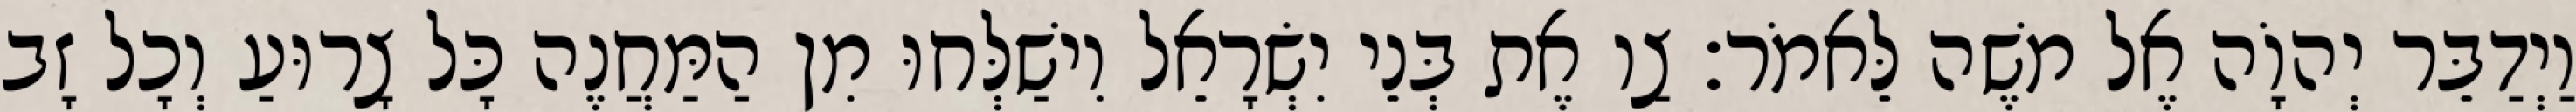
וַיְדַבֵּר יְהוָֹה אֶל משֶׁה לֵּאמֹר׃ צַו אֶת בְּנֵי יִשְׂרָאֵל וִישַׁלְּחוּ מִן הַמַּחֲנֶה כָּל צָרוּעַ וְכָל זָב